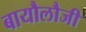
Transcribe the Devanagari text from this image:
बायौलौजी